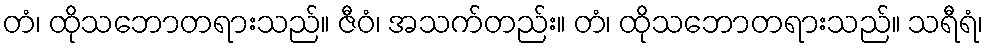
တံ၊ ထိုသဘောတရားသည်။ ဇီဝံ၊ အသက်တည်း။ တံ၊ ထိုသဘောတရားသည်။ သရီရံ၊